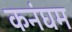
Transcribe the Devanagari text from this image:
कनंघम